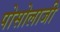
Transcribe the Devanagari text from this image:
पोसोलाजी